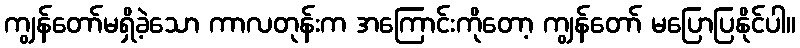
ကျွန်တော်မရှိခဲ့သော ကာလတုန်းက အကြောင်းကိုတော့ ကျွန်တော် မပြောပြနိုင်ပါ။